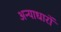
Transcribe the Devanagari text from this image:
अन्याधारों